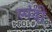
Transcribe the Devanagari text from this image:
स्पंदी